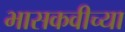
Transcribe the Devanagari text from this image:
भासकवीच्या